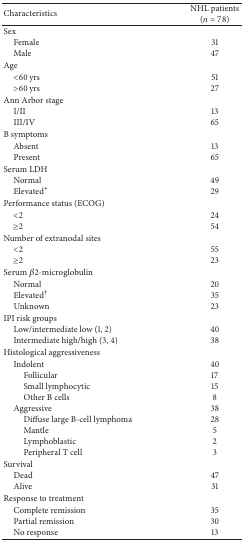
<table><thead><tr><td><b>Characteristics</b></td><td><b>NHL patients (<i>n</i> = 78)</b></td></tr></thead><tbody><tr><td> Sex</td><td> </td></tr><tr><td> Female</td><td>31</td></tr><tr><td> Male</td><td>47</td></tr><tr><td> Age</td><td> </td></tr><tr><td> &lt;60 yrs</td><td>51</td></tr><tr><td> &gt;60 yrs</td><td>27</td></tr><tr><td> Ann Arbor stage</td><td> </td></tr><tr><td> I/II</td><td>13</td></tr><tr><td> III/IV</td><td>65</td></tr><tr><td> B symptoms</td><td> </td></tr><tr><td> Absent</td><td>13</td></tr><tr><td> Present</td><td>65</td></tr><tr><td> Serum LDH</td><td> </td></tr><tr><td> Normal</td><td>49</td></tr><tr><td> Elevated*</td><td>29</td></tr><tr><td> Performance status (ECOG)</td><td> </td></tr><tr><td> &lt;2</td><td>24</td></tr><tr><td> ≥2</td><td>54</td></tr><tr><td> Number of extranodal sites</td><td> </td></tr><tr><td> &lt;2</td><td>55</td></tr><tr><td> ≥2</td><td>23</td></tr><tr><td> Serum <i>β</i>2-microglobulin</td><td> </td></tr><tr><td> Normal</td><td>20</td></tr><tr><td> Elevated<sup>†</sup></td><td>35</td></tr><tr><td> Unknown</td><td>23</td></tr><tr><td> IPI risk groups</td><td> </td></tr><tr><td> Low/intermediate low (1, 2)</td><td>40</td></tr><tr><td> Intermediate high/high (3, 4)</td><td>38</td></tr><tr><td> Histological aggressiveness</td><td> </td></tr><tr><td> Indolent</td><td>40</td></tr><tr><td>Follicular </td><td>17</td></tr><tr><td>Small lymphocytic</td><td>15</td></tr><tr><td>Other B cells</td><td>8</td></tr><tr><td> Aggressive</td><td>38</td></tr><tr><td>Diffuse large B-cell lymphoma</td><td>28</td></tr><tr><td>Mantle</td><td>5</td></tr><tr><td>Lymphoblastic</td><td>2</td></tr><tr><td>Peripheral T cell</td><td>3</td></tr><tr><td>Survival</td><td> </td></tr><tr><td> Dead</td><td>47</td></tr><tr><td> Alive</td><td>31</td></tr><tr><td>Response to treatment</td><td> </td></tr><tr><td> Complete remission </td><td>35</td></tr><tr><td> Partial remission</td><td>30</td></tr><tr><td> No response</td><td>13</td></tr></tbody></table>